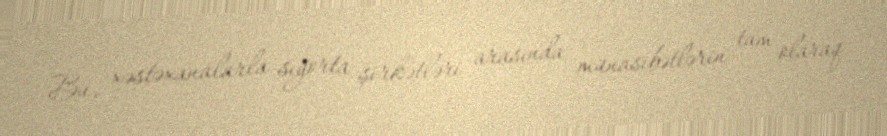
Bu, xəstəxanalarla sığorta şirkətləri arasında münasibətlərin tam olaraq